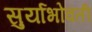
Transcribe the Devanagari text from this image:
सुर्याभोवती